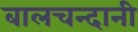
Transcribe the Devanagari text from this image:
बालचन्दानी